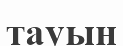
тауын